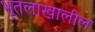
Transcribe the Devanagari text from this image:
भूतलाखालील